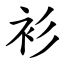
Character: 衫